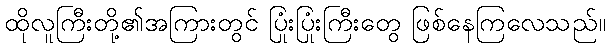
ထိုလူကြီးတို့၏အကြားတွင် ပြုံးပြုံးကြီးတွေ ဖြစ်နေကြလေသည်။